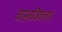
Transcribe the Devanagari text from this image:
वास्तविकता।